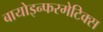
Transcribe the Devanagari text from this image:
बायोइन्फरमेटिक्स